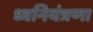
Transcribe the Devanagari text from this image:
ध्वनियंत्रणा